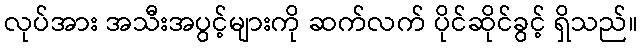
လုပ်အား အသီးအပွင့်များကို ဆက်လက် ပိုင်ဆိုင်ခွင့် ရှိသည်။